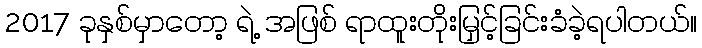
2017 ခုနှစ်မှာတော့ ရဲ့ အဖြစ် ရာထူးတိုးမြှင့်ခြင်းခံခဲ့ရပါတယ်။